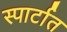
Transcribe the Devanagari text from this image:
स्पार्टात